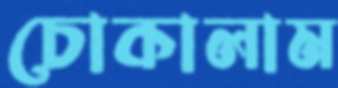
চোকালাম